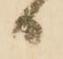
日